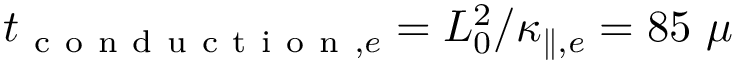
t _ { \mathrm { ~ c ~ o ~ n ~ d ~ u ~ c ~ t ~ i ~ o ~ n ~ } , e } = L _ { 0 } ^ { 2 } / \kappa _ { \parallel , e } = 8 5 ~ \mu